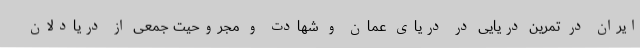
ایران در تمرین دریایی در دریای عمان و شهادت و مجروحیت جمعی از دریادلان